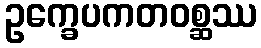
ဥက္ခေပကတဝစ္ဆဿ